Civil Veterinary Department Bihar reports 1936-40 - 1936-1940
Year: 1936
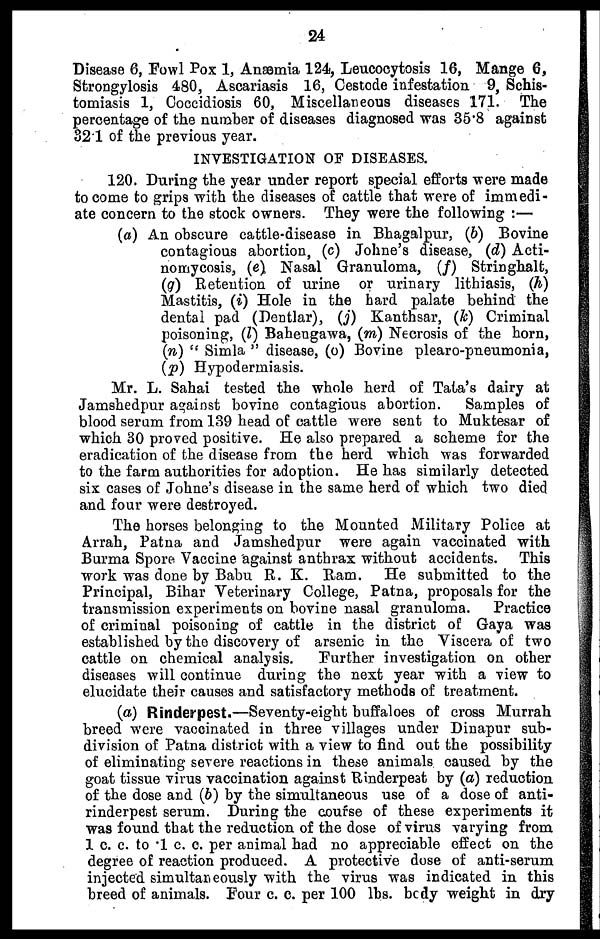
24
Disease 6, Fowl Pox 1, Anæmia 124, Leucocytosis 16, Mange 6,
Strongylosis 480, Ascariasis 16, Cestode infestation 9, Schis-
tomiasis 1, Coccidiosis 60, Miscellaneous diseases 171. The
percentage of the number of diseases diagnosed was 35.8 against
32 1 of the previous year.
INVESTIGATION OF DISEASES.
120. During the year under report special efforts were made
to come to grips with the diseases of cattle that were of immedi-
ate concern to the stock owners. They were the following :—
(a) An obscure cattle-disease in Bhagalpur, (b) Bovine
contagious abortion, (c) Johne's disease, (d) Acti-
nomycosis, (e) Nasal Granuloma, (f) Stringhalt,
(g) Retention of urine or urinary lithiasis, (h)
Mastitis, (i) Hole in the hard palate behind the
dental pad (Dentlar), (j) Kanthsar, (k) Criminal
poisoning, (l) Bahengawa, (m) Necrosis of the horn,
(n) "Simla" disease, (o) Bovine plearo-pneumonia,
(p) Hypodermiasis.
Mr. L. Sahai tested the whole herd of Tata's dairy at
Jamshedpur against bovine contagious abortion.
Samples of
blood serum from 139 head of cattle were sent to Muktesar of
which 30 proved positive. He also prepared a scheme for the
eradication of the disease from the herd which was forwarded
to the farm authorities for adoption. He has similarly detected
six cases of Johne's disease in the same herd of which two died
and four were destroyed.
The horses belonging to the Mounted Military Police at
Arrah, Patna and Jamshedpur were again vaccinated with
Burma Spore Vaccine against anthrax without accidents. This
work was done by Babu R. K. Ram. He submitted to the
Principal, Bihar Veterinary College, Patna, proposals for the
transmission experiments on bovine nasal granuloma.
Practice
of criminal poisoning of cattle in the district of Gaya was
established by the discovery of arsenic in the Viscera of two
cattle on chemical analysis.
Further investigation on other
diseases will continue during the next year with a view to
elucidate their causes and satisfactory methods of treatment.
(a) Rinderpest.—Seventy-eight buffaloes of cross Murrah
breed were vaccinated in three villages under Dinapur sub-
division of Patna district with a view to find out the possibility
of eliminating severe reactions in these animals caused by the
goat tissue virus vaccination against Rinderpest by (a) reduction
of the dose and (b) by the simultaneous use of a dose of anti-
rinderpest serum. During the course of these experiments it
was found that the reduction of the dose of virus varying from
1 c. c. to .1 c. c. per animal had no appreciable effect on the
degree of reaction produced. A protective dose of anti-serum
injected simultaneously with the virus was indicated in this
breed of animals. Four c. c. per 100 lbs. body weight in dry